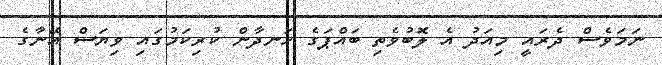
ނަމަވެސް ދެރައީ މިއަދު އެ ލޮބުވެތި ބައްޕަގެ ހަނދާން ކުރިކަމުގައި ވިޔަސް އޭނާގެ